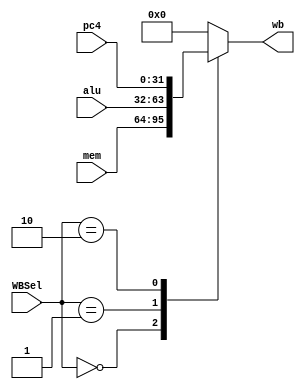
`timescale 1ns / 1ps
module WB(
    input [1:0] WBSel,              // write byte select
    input [31:0] alu,               // alu result
    input [31:0] mem,               // data memory
    input [31:0] pc4,               // pc+4
    output reg [31:0] wb            // select output
    );
    initial begin
        wb <= 32'h0000_0000;
    end
    always @(*) begin
        case (WBSel)
            2'b00: wb <= mem;
            2'b01: wb <= alu;
            2'b10: wb <= pc4;
            default: wb <= 32'h0000_0000;
        endcase
    end
endmodule